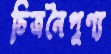
চিত্রনৈপুণ্য